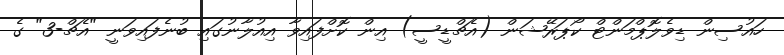
ހައުސިން ޑިވެލޮޕްމަންޓް ކޯޕަރޭޝަން (އެޗްޑީސީ) އިން ކޮށްފައިވާ އިއުލާނުގައި ބުނެފައިވަނީ "އެޗް-3" ގެ